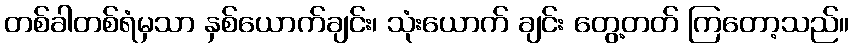
တစ်ခါတစ်ရံမှသာ နှစ်ယောက်ချင်း၊ သုံးယောက် ချင်း တွေ့တတ် ကြတော့သည်။